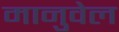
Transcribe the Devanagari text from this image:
मानुवेल